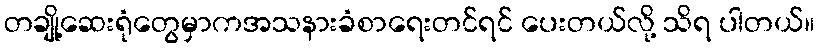
တချို့ဆေးရုံတွေမှာကအသနားခံစာရေးတင်ရင် ပေးတယ်လို့ သိရ ပါတယ်။